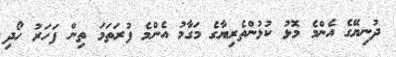
ދުނިޔޭގެ އެންމެ މޮޅު ކުޅުންތެރިޔާގެ މަގާމު އެންމެ ފުރަތަމަ ތިން ފަހަރު ހޯދި